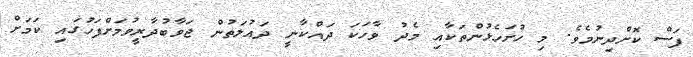
ފަސް ކޮށްދިނުމެވެ. މި ހުށަހެޅުންތަކާއި މެދު ވާހަކަ ދައްކާނީ ދައުލަތުން ޖަވާބުދާރީވުމަށްފަހުގައި ކަމަށް